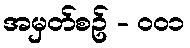
အမှတ်စဥ် - ၀၀၁